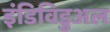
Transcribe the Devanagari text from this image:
इंडिविडुअल